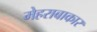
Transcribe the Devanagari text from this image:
मेहराबाकार